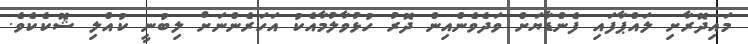
މައިދޮރާށި ލައްޕާފައި ފެންޑާޔަށް ވަދެވެންއިން ދޮރު ހުޅުވާލުމާއެކު އަހަރެންނަށް ލިބުނީ ކުއްލި ޝޮކެކެވެ.